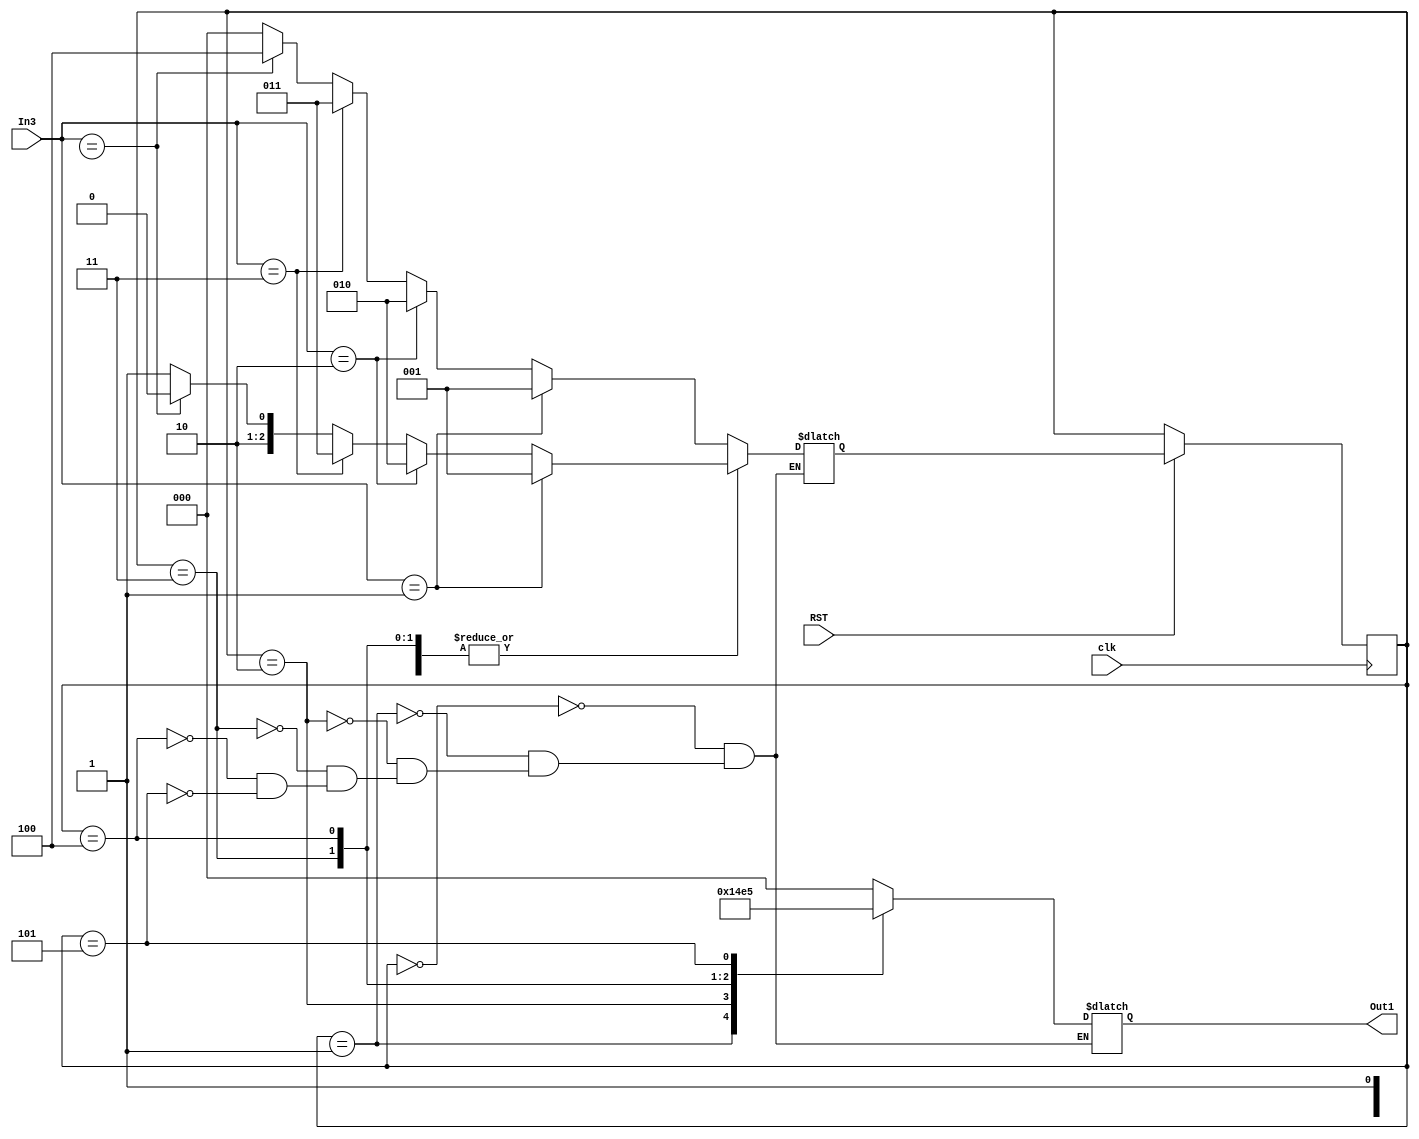
module glenn_FSM(

input [2:0]In3,

input RST,

input clk,

output reg [2:0] Out1

);

reg [2:0]current_state,next_state;

parameter A=3'b000,B=3'b001,C=3'b010,D=3'b011,E=3'b100,F=3'b101;

always@(posedge clk or negedge RST)

begin:STATE_MEMORY

if(!RST)

current_state<= current_state;

else

current_state<= next_state;

end

always@(current_state or In3)

begin : NEXT_STATE_LOGIC

case(current_state)
   
A : if(In3==3'b001) next_state = B; else if(In3==3'b010) next_state = C; else if(In3==3'b011) next_state = D; else if(In3==3'b1X1) next_state = E; else next_state = A;

B : if(In3==3'b001) next_state = B; else if(In3==3'b010) next_state = C; else if(In3==3'b011) next_state = D; else if(In3==3'b1X1) next_state = E; else next_state = F;

C : if(In3==3'b001) next_state = B; else if(In3==3'b010) next_state = C; else if(In3==3'b011) next_state = D; else if(In3==3'b1X1) next_state = E; else next_state = A;

D : if(In3==3'b001) next_state = B; else if(In3==3'b010) next_state = C; else if(In3==3'b011) next_state = D; else if(In3==3'b1X1) next_state = E; else next_state = F;

E : if(In3==3'b001) next_state = B; else if(In3==3'b010) next_state = C; else if(In3==3'b011) next_state = D; else if(In3==3'b1X1) next_state = E; else next_state = F;

F : if(In3==3'b001) next_state = B; else if(In3==3'b010) next_state = C; else if(In3==3'b011) next_state = D; else if(In3==3'b1X1) next_state = E; else next_state = A;

endcase

end

always@(current_state)

begin:OUTPUT_LOGIC

case(current_state)

A : Out1=3'b000;

B : Out1=3'b001;

C : Out1=3'b010;

D : Out1=3'b011;

E : Out1=3'b100;

F : Out1=3'b101;

endcase

end

endmodule